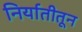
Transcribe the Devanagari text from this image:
निर्यातीतून